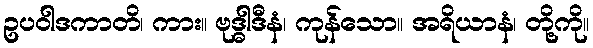
ဥပဝါဒကာတိ၊ ကား။ ဗုဒ္ဓါဒီနံ၊ ကုန်သော။ အရိယာနံ၊ တို့ကို။